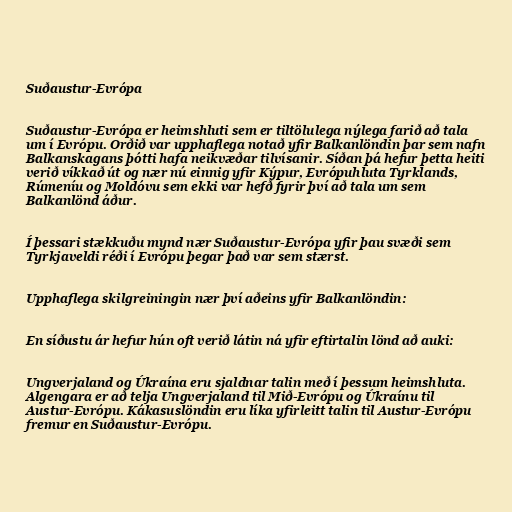
Suðaustur-Evrópa

Suðaustur-Evrópa er heimshluti sem er tiltölulega nýlega farið að tala
um í Evrópu. Orðið var upphaflega notað yfir Balkanlöndin þar sem nafn
Balkanskagans þótti hafa neikvæðar tilvísanir. Síðan þá hefur þetta heiti
verið víkkað út og nær nú einnig yfir Kýpur, Evrópuhluta Tyrklands,
Rúmeníu og Moldóvu sem ekki var hefð fyrir því að tala um sem
Balkanlönd áður.

Í þessari stækkuðu mynd nær Suðaustur-Evrópa yfir þau svæði sem
Tyrkjaveldi réði í Evrópu þegar það var sem stærst.

Upphaflega skilgreiningin nær því aðeins yfir Balkanlöndin:

En síðustu ár hefur hún oft verið látin ná yfir eftirtalin lönd að auki:

Ungverjaland og Úkraína eru sjaldnar talin með í þessum heimshluta.
Algengara er að telja Ungverjaland til Mið-Evrópu og Úkraínu til
Austur-Evrópu. Kákasuslöndin eru líka yfirleitt talin til Austur-Evrópu
fremur en Suðaustur-Evrópu.